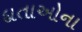
દાતાઓના